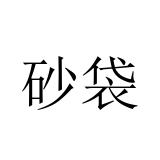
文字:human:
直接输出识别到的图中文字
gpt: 砂袋